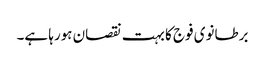
برطانوی فوج کا بہت نقصان ہورہا ہے۔